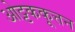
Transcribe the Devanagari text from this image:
ओट्टककूत्तन